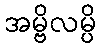
အမ္ဗိလမ္ပိ